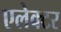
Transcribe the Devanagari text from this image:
एलेक्टर